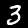
Label: 3